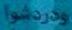
ودل